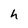
Character: h